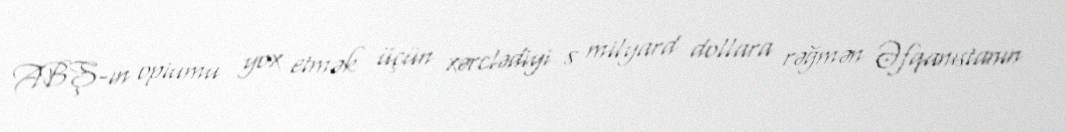
ABŞ-ın opiumu yox etmək üçün xərclədiyi 8 milyard dollara rəğmən Əfqanıstanın